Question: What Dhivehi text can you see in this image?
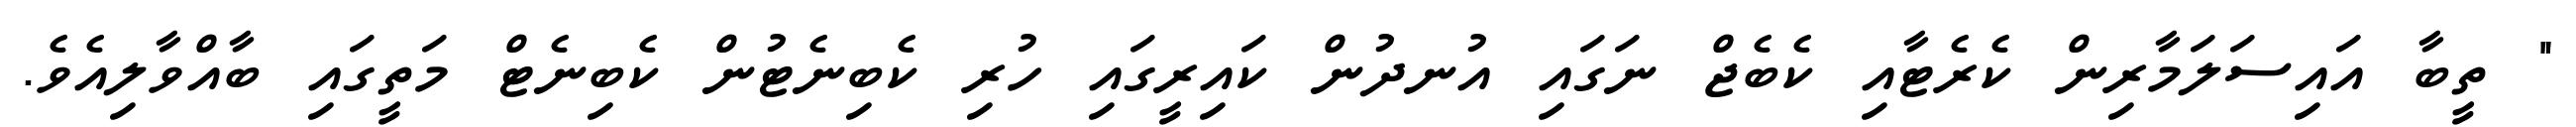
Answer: " ތީބާ އައިސަލަމާރިން ކެރެޓާއި ކެބެޖް ނަގައި އުނދުން ކައިރީގައި ހުރި ކެބިނެޓުން ކެބިނެޓް މަތީގައި ބާއްވާލިއެވެ.